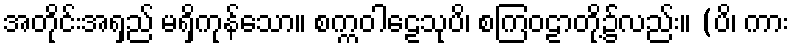
အတိုင်းအရှည် မရှိကုန်သော။ စက္ကဝါဠေသုပိ၊ စကြဝဠာတို့၌လည်း။ (ပိ၊ ကား